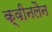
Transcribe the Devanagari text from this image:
क्वीनलैन